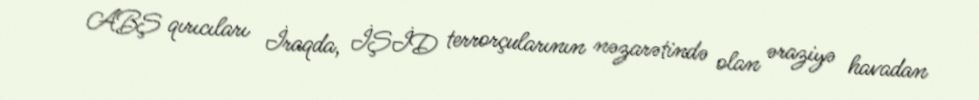
ABŞ qırıcıları İraqda, İŞİD terrorçularının nəzarətində olan əraziyə havadan